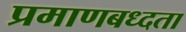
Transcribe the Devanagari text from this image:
प्रमाणबध्दता